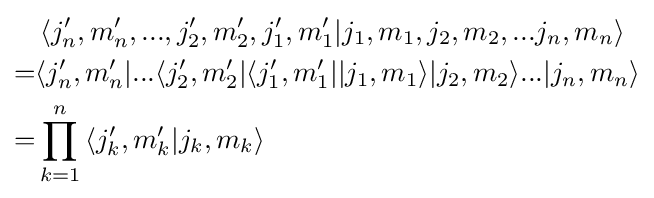
{\begin{aligned}&\left\langle j'_{n},m'_{n},...,j'_{2},m'_{2},j'_{1},m'_{1}|j_{1},m_{1},j_{2},m_{2},...j_{n},m_{n}\right\rangle \\=&\langle j'_{n},m'_{n}|...\langle j'_{2},m'_{2}|\langle j'_{1},m'_{1}||j_{1},m_{1}\rangle |j_{2},m_{2}\rangle ...|j_{n},m_{n}\rangle \\=&\prod _{k=1}^{n}\left\langle j'_{k},m'_{k}|j_{k},m_{k}\right\rangle \end{aligned}}